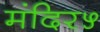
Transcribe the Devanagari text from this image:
मंदिर५